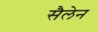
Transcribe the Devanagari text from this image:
सैलेन